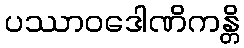
ပဿာဝဒေါဏိကန္တိ